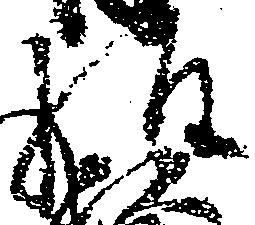
経